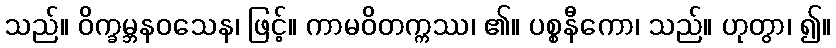
သည်။ ဝိက္ခမ္ဘနဝသေန၊ ဖြင့်။ ကာမဝိတက္ကဿ၊ ၏။ ပစ္စနီကော၊ သည်။ ဟုတွာ၊ ၍။